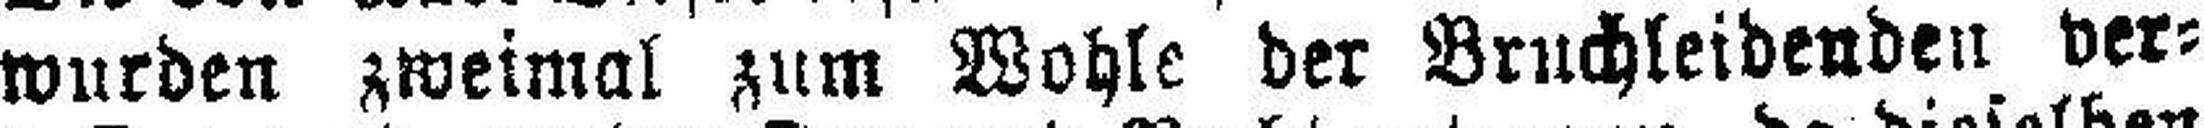
wurden zweimal zum Wohle der Bruchleidenden ver¬